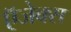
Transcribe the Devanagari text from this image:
ऍजेक्स